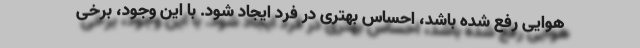
هوایی رفع شده باشد، احساس بهتری در فرد ایجاد شود. با این وجود، برخی